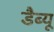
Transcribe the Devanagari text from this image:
डैब्यू